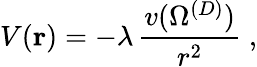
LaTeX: V({\mathbf r})=-\lambda\, \frac{v(\Omega^{({D})})}{r^{2}}\; ,